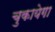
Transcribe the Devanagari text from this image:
चुकायेगा